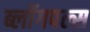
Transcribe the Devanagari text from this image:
ब्लॉगपल्स